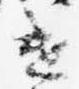
遣